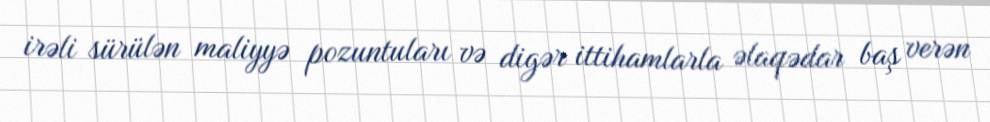
irəli sürülən maliyyə pozuntuları və digər ittihamlarla əlaqədar baş verən